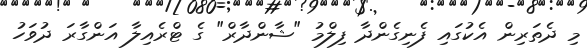
މި ދެތަރިން އެކުގައި ފެނިގެންދާ ފިލްމު "ޝާންދާރް" ގެ ޓްރެއިލާ އަންގާރަ ދުވަހު